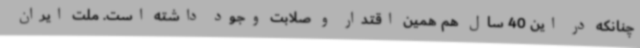
چنانکه در این 40 سال هم همین اقتدار و صلابت وجود داشته است. ملت ایران